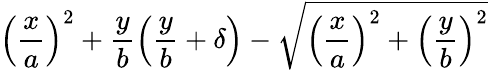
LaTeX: \displaystyle\left(\frac{x}{a}\right)^{2}+\frac{y}{b}\left(\frac{y}{b}+\delta\right)-\sqrt{\left(\frac{x}{a}\right)^{2}+\left(\frac{y}{b}\right)^{2}}